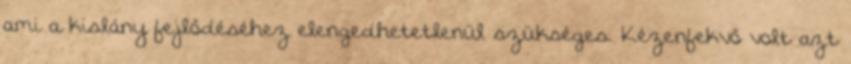
ami a kislány fejlődéséhez elengedhetetlenül szükséges. Kézenfekvő volt azt